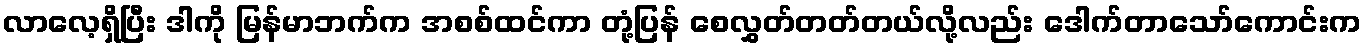
လာလေ့ရှိပြီး ဒါကို မြန်မာဘက်က အစစ်ထင်ကာ တုံ့ပြန် စေလွှတ်တတ်တယ်လို့လည်း ဒေါက်တာသော်ကောင်းက